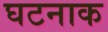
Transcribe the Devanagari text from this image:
घटनाक